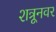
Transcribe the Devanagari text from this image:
शत्रूनवर